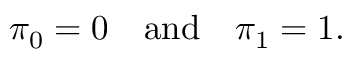
\pi _ { 0 } = 0 \quad \mathrm { a n d } \quad \pi _ { 1 } = 1 .